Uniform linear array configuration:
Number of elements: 4
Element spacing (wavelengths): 0.25
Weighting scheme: kaiser
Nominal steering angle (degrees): -15
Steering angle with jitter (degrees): -15.375
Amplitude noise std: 0.05
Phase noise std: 0.05

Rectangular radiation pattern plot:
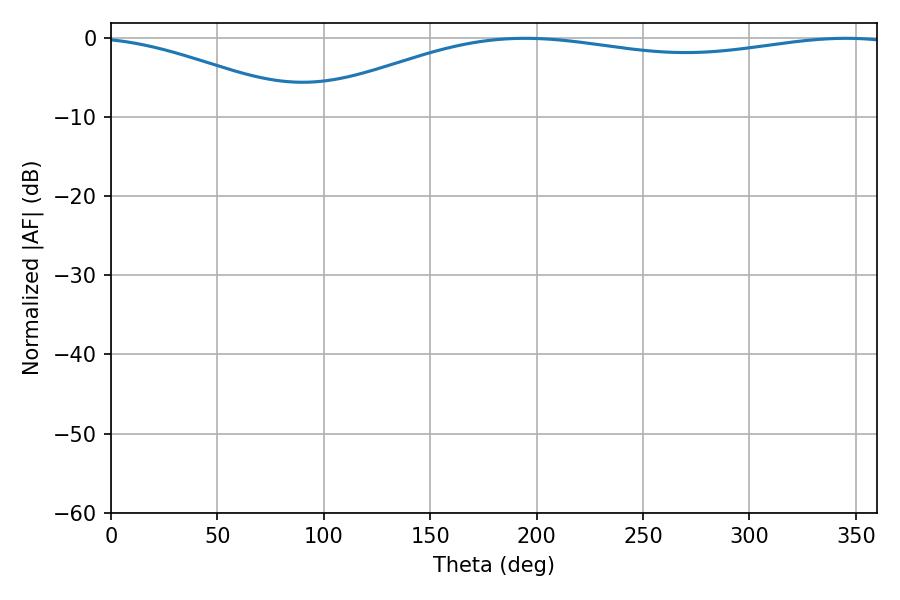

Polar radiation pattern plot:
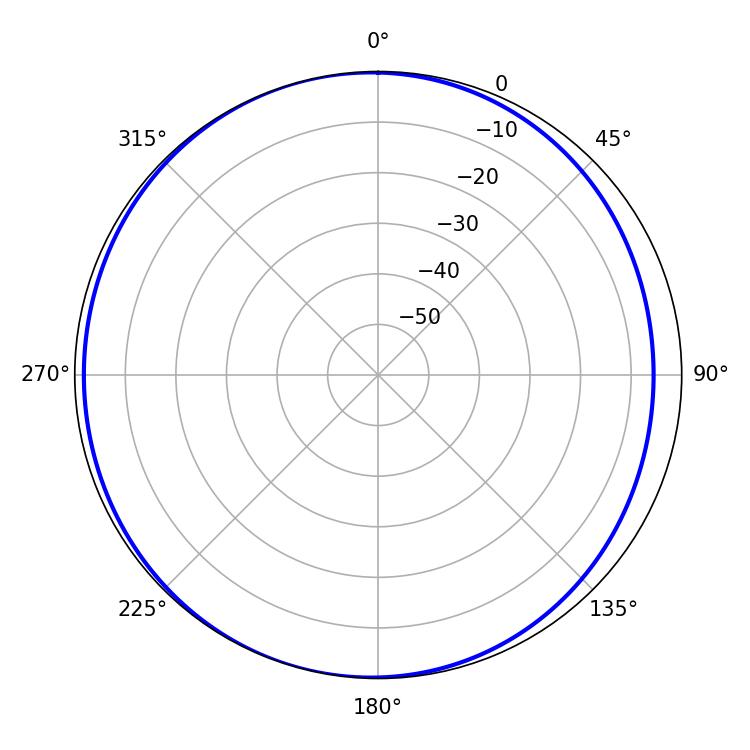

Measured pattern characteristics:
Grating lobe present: FALSE
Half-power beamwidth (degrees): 224.64
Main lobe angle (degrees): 194.58